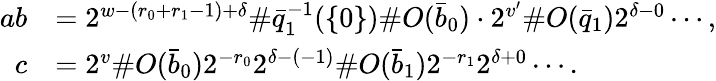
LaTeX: \begin{array}{rl}{ab}&{=2^{w-(r_{0}+r_{1}-1)+\delta}\# \bar{q}_{1}^{-1}(\{ 0\} )\# O(\bar{b}_{0})\cdot 2^{v^{\prime}}\# O(\bar{q}_{1})2^{\delta-0}\cdots,}\\ {c}&{=2^{v}\# O(\bar{b}_{0})2^{-r_{0}}2^{\delta-(-1)}\# O(\bar{b}_{1})2^{-r_{1}}2^{\delta+0}\cdots.}\end{array}